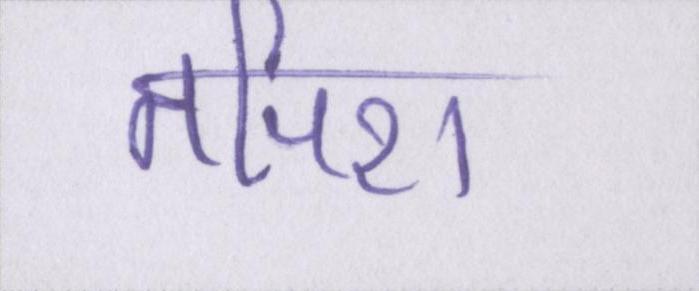
तपिश